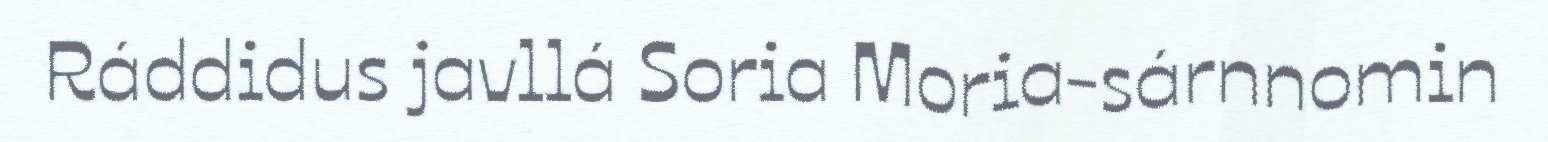
Ráddidus javllá Soria Moria-sárnnomin